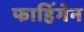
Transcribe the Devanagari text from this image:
फाहिंगेन